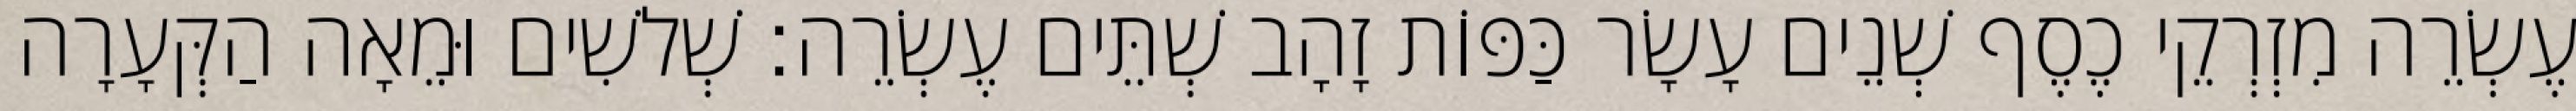
עֶשְׂרֵה מִזְרְקֵי כֶסֶף שְׁנֵים עָשָׂר כַּפּוֹת זָהָב שְׁתֵּים עֶשְׂרֵה׃ שְׁלשִׁים וּמֵאָה הַקְּעָרָה